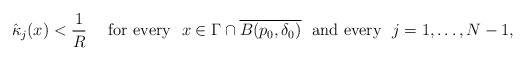
LaTeX: \begin{align*}\hat\kappa_j(x) < \frac 1R\quad\mbox{ for every }\ x \in \Gamma\cap \overline{B(p_0,\delta_0)}\ \mbox{ and every } \ j=1,\dots, N-1,\end{align*}